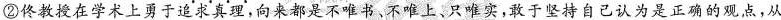
②佟教授在学术上勇于追求真理，向来都是不唯书、不唯上、只唯实，敢于坚持自己认为是正确的观点，从